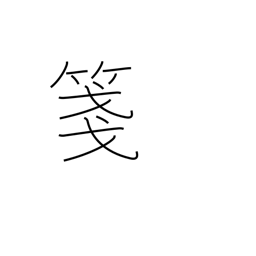
Meaning: composition